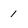
Character: 1